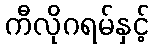
ကီလိုဂရမ်နှင့်